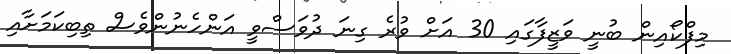
މިފްކޯއިން ބުނީ ވަޒީފާގައި 30 އަށް ވުރެ ގިނަ ދުވަސްވީ އަންހެނުންވެސް ތިބިކަމަށާއި